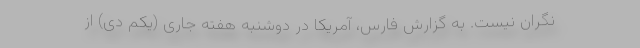
نگران نیست. به گزارش فارس، آمریکا در دوشنبه هفته جاری (یکم دی) از